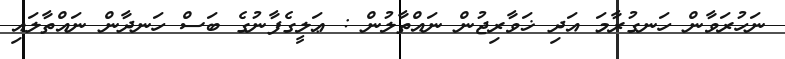
ނަހުރަވާން ހަނގުރާމަ އަދި ޚަވާރިޖުން ނައްތާލުން : ޢަލީގެފާނުގެ ބަސް ހަނދާން ނައްތާލައި